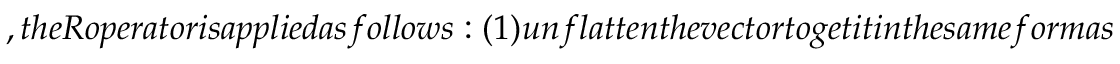
, t h e R o p e r a t o r i s a p p l i e d a s f o l l o w s : ( 1 ) u n f l a t t e n t h e v e c t o r t o g e t i t i n t h e s a m e f o r m a s